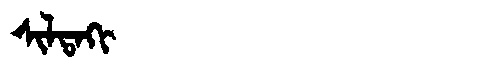
Manchu: ᠰᡳᠯᡨᠠᡴᡳ
Romanization: SILTAKI